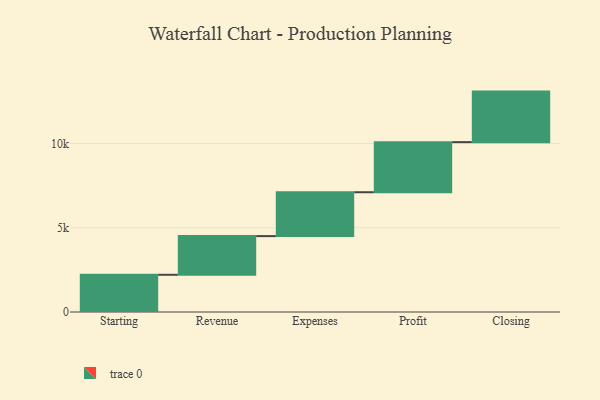
{"axis": {"x": "Step", "y": "Value"}, "legend": [""], "data": [{"x": "Starting", "y": 2209.0, "type": ""}, {"x": "Revenue", "y": 2296.0, "type": ""}, {"x": "Expenses", "y": 2604.0, "type": ""}, {"x": "Profit", "y": 2974.0, "type": ""}, {"x": "Closing", "y": 3000, "type": ""}]}